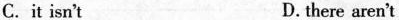
C.it isn't D.there aren't